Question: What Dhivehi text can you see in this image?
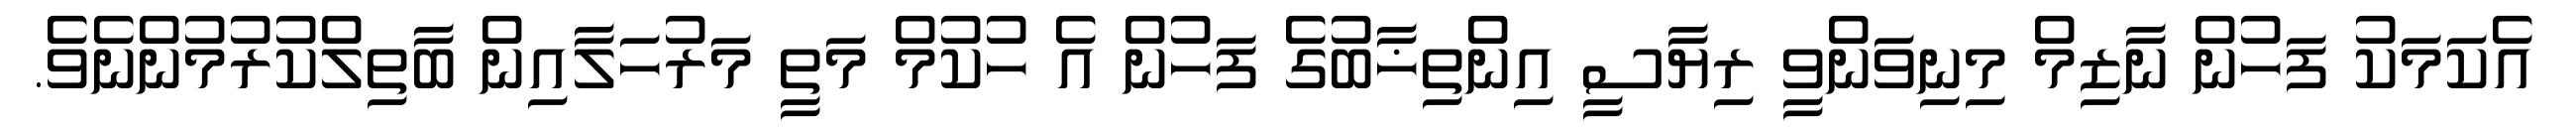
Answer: އެކަމަކު ފަހުން ނާޒިމް މިނިވަންވީ ރިޔާސީ އިންތިޚާބުގެ ފަހުން އެ ހުކުމް މަތީ މަރުހަލާއިން ބާތިލްކުރުމުންނެވެ.